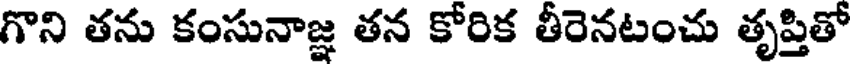
గొని తను కంసునాజ్ఞ తన కోరిక తీరెనటంచు తృప్తితో